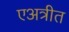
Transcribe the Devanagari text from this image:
एअत्रीत